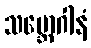
သမ္ဘောဂါနံ